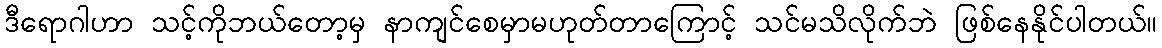
ဒီရောဂါဟာ သင့်ကိုဘယ်တော့မှ နာကျင်စေမှာမဟုတ်တာကြောင့် သင်မသိလိုက်ဘဲ ဖြစ်နေနိုင်ပါတယ်။